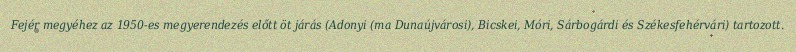
Fejér megyéhez az 1950-es megyerendezés előtt öt járás (Adonyi (ma Dunaújvárosi), Bicskei, Móri, Sárbogárdi és Székesfehérvári) tartozott.